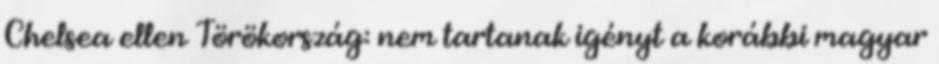
Chelsea ellen Törökország: nem tartanak igényt a korábbi magyar